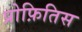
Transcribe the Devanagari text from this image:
प्रोफ़ितिस